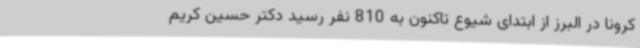
کرونا در البرز از ابتدای شیوع تاکنون به 810 نفر رسید دکتر حسین کریم